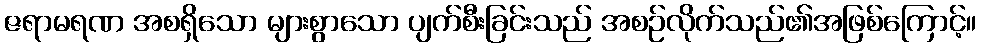
ဇရာမရဏ အစရှိသော များစွာသော ပျက်စီးခြင်းသည် အစဉ်လိုက်သည်၏အဖြစ်ကြောင့်။